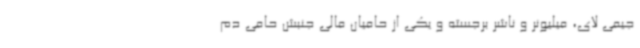
جیمی لای، میلیونر و ناشر برجسته و یکی از حامیان مالی جنبش حامی دم